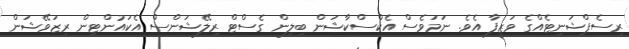
ރިސެޕްޝަނިޓެއްގެ ވަޒީފާ އެވެ. ނަމަވެސް އެކްސްކާޝަން ބިލިން ގެސްޓް ރިލޭޝަންސް އެކައުންޓިން ރިޒަވޭޝަން